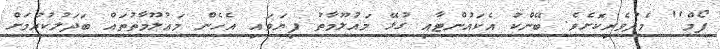
ފޯމް'' މެދުވެރިކޮށެވެ. ބޭންކު އެކައުންޓާއި ގުޅޭ މައުލޫމާތު ފިޔަވައި އެހެން މަޢުލޫމާތުތައް ބަދަލުކުރުމަށް